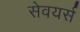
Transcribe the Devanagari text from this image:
सेवयर्स